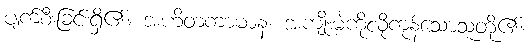
ပျက်စီးခြင်းရှိ၏။ အဟိတကာမာနံ၊ အကျိုးမဲ့ကိုလိုကုန်သောသူတို့၏။